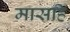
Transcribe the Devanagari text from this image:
मासहि